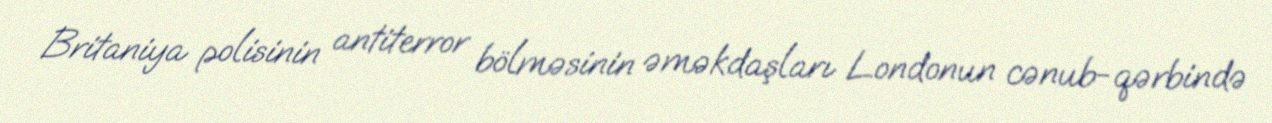
Britaniya polisinin antiterror bölməsinin əməkdaşları Londonun cənub-qərbində